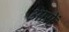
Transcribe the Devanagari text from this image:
आसें